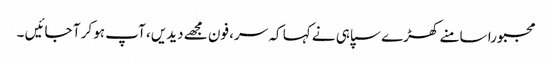
مجبورا سامنے کھڑے سپاہی نے کہا کہ سر، فون مجھے دیدیں، آپ ہو کر آ جائیں ۔